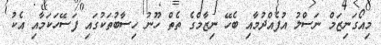
މިއޯގަނިޒަމް ނަސްލު އުފެއްދުމާއި ބެހޭ ނިޒާމްގެ ތެތް ހޫނު ހިސާބުތަކުގައި ފަސޭހަކަމާއި އެކު